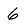
Character: 6